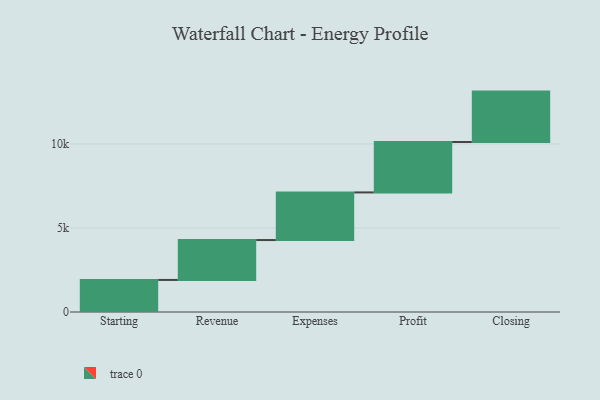
{"axis": {"x": "Step", "y": "Value"}, "legend": [""], "data": [{"x": "Starting", "y": 1908.0, "type": ""}, {"x": "Revenue", "y": 2374.0, "type": ""}, {"x": "Expenses", "y": 2834.0, "type": ""}, {"x": "Profit", "y": 3000, "type": ""}, {"x": "Closing", "y": 3000, "type": ""}]}